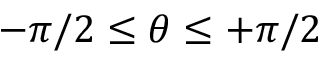
- \pi / 2 \le \theta \le + \pi / 2